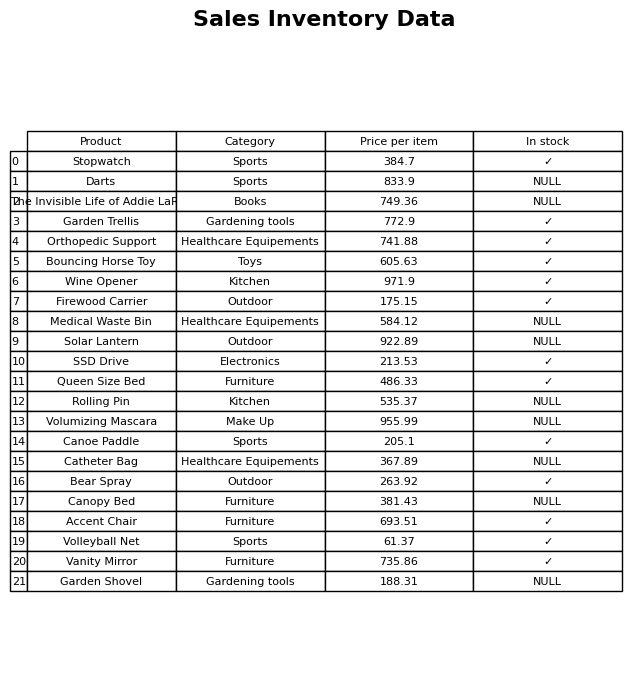
question: What is the price of the Garden Trellis?
answer: The price of Garden Trellis is 772.9.